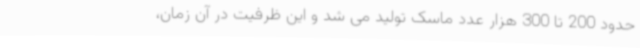
حدود 200 تا 300 هزار عدد ماسک تولید می شد و این ظرفیت در آن زمان،